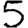
Digit: 5